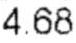
4.68